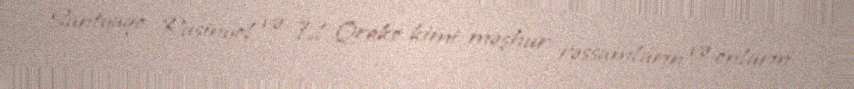
Santyaqo Rusinyol və El Qreko kimi məşhur rəssamların və onların